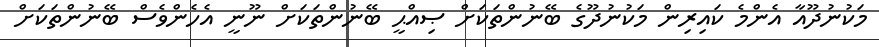
މަކުނުދޫއާ އެންމެ ކައިރިން މަކުނުދޫގެ ބޭނުންތަކަށް ޞިއްޙީ ބޭނުންތަކަށް ނޫނީ އެހެންވެސް ބޭނުންތަކަށް